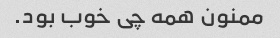
ممنون همه چی خوب بود.